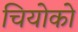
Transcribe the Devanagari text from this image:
चियोको